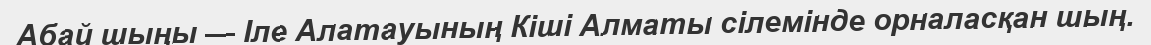
Абай шыңы — Іле Алатауының Кіші Алматы сілемінде орналасқан шың.